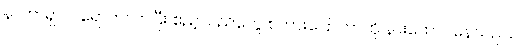
နာတာရှာပါ ရောက်လာပြီး ဧည့်သည်တွေ စကားပြောတာကို နားထောင်နေသည်။